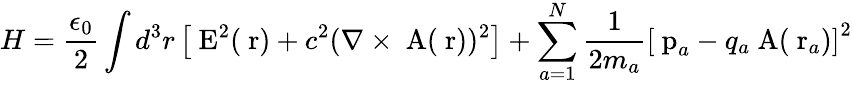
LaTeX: H=\frac{\epsilon_{0}}{2}\int d^{3}r\left[\mathrm{\mathbf~E}^{2}(\mathrm{\mathbf~r})+c^{2}(\nabla\times\mathrm{\mathbf~A}(\mathrm{\mathbf~r}))^{2}\right]+\sum_{a=1}^{N}\frac{1}{2m_{a}}\left[\mathrm{\mathbf~p}_{a}-q_{a}\mathrm{\mathbf~A}(\mathrm{\mathbf~r}_{a})\right]^{2}